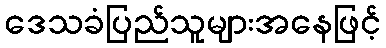
ဒေသခံပြည်သူများအနေဖြင့်